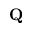
\mathbf { Q }